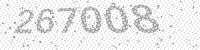
Solution: 267008